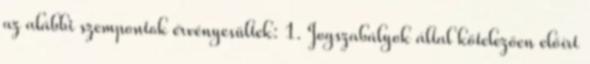
az alábbi szempontok érvényesültek: 1. Jogszabályok által kötelezően előírt